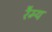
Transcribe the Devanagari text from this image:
रैम्य